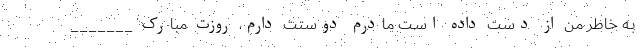
بـه خاطر من از دست داده اسـت مادرم دوستت دارم، روزت مبارک _______